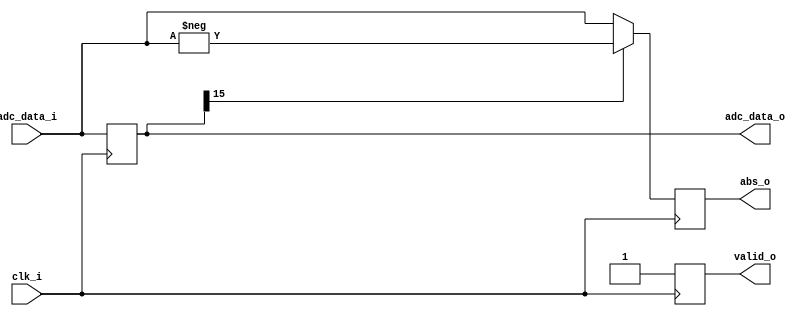
`timescale 1ns / 1ps
//////////////////////////////////////////////////////////////////////////////////
// Institute: Photonics Laboratory, ETH
//////////////////////////////////////////////////////////////////////////////////


module Abs_v2 #(
    parameter integer data_width = 16
    )
    ( 
    input wire clk_i,
    input wire [data_width-1:0] adc_data_i,
    
    output wire [data_width-1:0] adc_data_o,
    output wire [data_width-1:0] abs_o,
    output wire valid_o
    );
    
    reg [data_width-1:0] data_d, data_q = 0, abs_d, abs_q = 0;
    reg valid_d,valid_q;
    
    assign adc_data_o = data_q;
    assign abs_o = abs_q;
    assign valid_o = valid_q;
    
    always @(*) begin
        valid_d = 1'b1;
        data_d = adc_data_i;
        abs_d = (data_q[data_width-1] == 1'b1) ? (-data_d) : (data_d);
    end
    
    always @(posedge clk_i) begin
        data_q <= data_d;
        abs_q <= abs_d;
        valid_q <= valid_d;
    end
    
endmodule